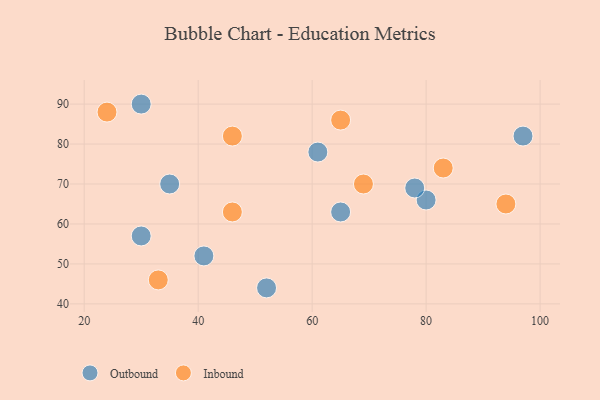
{"axis": {"x": "GDP", "y": "Life Expectancy"}, "legend": ["Inbound", "Outbound"], "data": [{"x": "35", "y": 70, "type": "Outbound"}, {"x": "65", "y": 63, "type": "Outbound"}, {"x": "41", "y": 52, "type": "Outbound"}, {"x": "80", "y": 66, "type": "Outbound"}, {"x": "97", "y": 82, "type": "Outbound"}, {"x": "52", "y": 44, "type": "Outbound"}, {"x": "30", "y": 90, "type": "Outbound"}, {"x": "61", "y": 78, "type": "Outbound"}, {"x": "78", "y": 69, "type": "Outbound"}, {"x": "30", "y": 57, "type": "Outbound"}, {"x": "94", "y": 65, "type": "Inbound"}, {"x": "65", "y": 86, "type": "Inbound"}, {"x": "33", "y": 46, "type": "Inbound"}, {"x": "24", "y": 88, "type": "Inbound"}, {"x": "69", "y": 70, "type": "Inbound"}, {"x": "83", "y": 74, "type": "Inbound"}, {"x": "46", "y": 82, "type": "Inbound"}, {"x": "46", "y": 63, "type": "Inbound"}]}